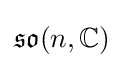
{\mathfrak {so}}(n,\mathbb {C} )